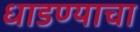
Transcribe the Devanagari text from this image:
धाडण्याचा